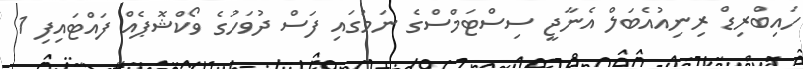
ހައިބްރިޑް ރިނިއުއެބަލް އެނާޖީ ސިސްޓަމްސްގެ ނަމުގައި ފަސް ދުވަހުގެ ވޯކްޝޮޕެއް ފައްޓައިފި 1